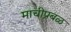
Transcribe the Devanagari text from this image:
माचीप्रबळ